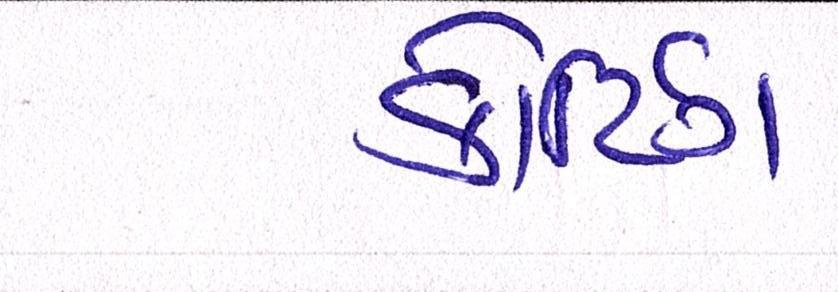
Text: કોટિંગ